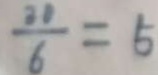
\frac { 2 1 } { 6 } = 5